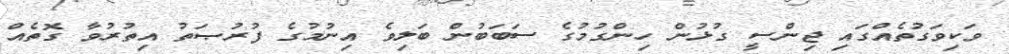
ވަކިވަގުތެއްގައި ޖިންސީ ގުޅުން ހިންގުމުގެ ސަބަބުން ބަލިވެ އިނުމުގެ ފުރުޞަތު އިތުރުވާ ގޮތެއް